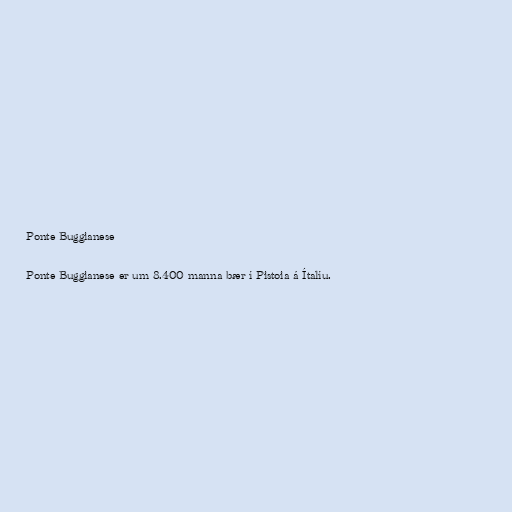
Ponte Buggianese

Ponte Buggianese er um 8.400 manna bær í Pistoia á Ítalíu.